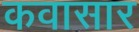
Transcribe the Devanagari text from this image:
कवासार